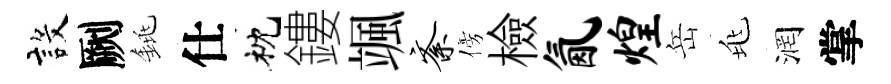
設劂銚仕枕鏤颯紊傍檢氤煌岳兆润掌